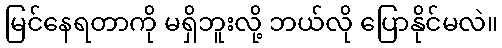
မြင်နေရတာကို မရှိဘူးလို့ ဘယ်လို ပြောနိုင်မလဲ။